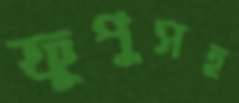
ফুপুসহ